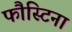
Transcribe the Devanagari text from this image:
फौस्टिना